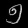
Digit: ၅